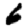
Digit: 6